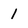
Character: 1